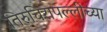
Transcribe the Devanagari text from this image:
तिरुचिरापल्लीच्या